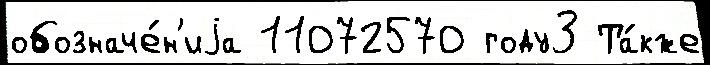
обозначе́н'иjа 11072570 году3 Та́кже